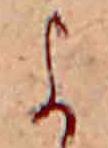
よ